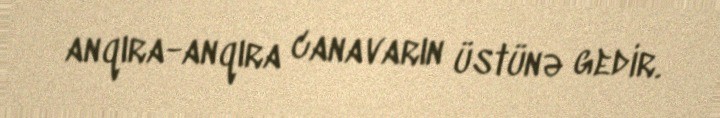
anqıra-anqıra canavarın üstünə gedir.